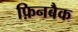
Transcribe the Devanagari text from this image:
फ़िनबैक